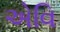
એવિ